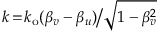
k \! = \! k _ { \mathrm { o } } ( \beta _ { v } - \beta _ { u } ) \big / \sqrt { 1 - \beta _ { v } ^ { 2 } }